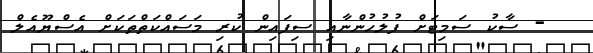
- ސާކު ސަމިޓަށް ފުލުހުންނާއި ސިފައިން ކުރި މަސައްކަތްތަކަށް އެސްޔޫއެލް